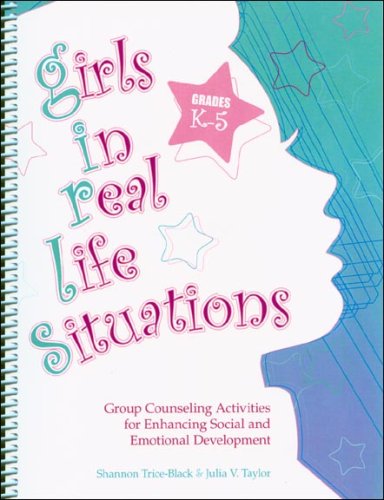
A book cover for Girls in Real Life Situations: Group Counseling for Enhancing Social and Emotional Development: Grades K-5 (Book and CD); Shannon Trice-Black; Education & Teaching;